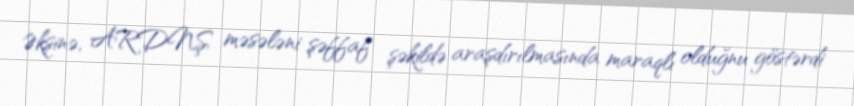
Əksinə, ARDNŞ məsələni şəffaf şəkildə araşdırılmasında maraqlı olduğnu göstərdi